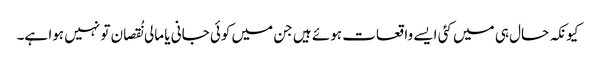
کیونکہ حال ہی میں کئی ایسے واقعات ہوئے ہیں جن میں کوئی جانی یا مالی نُقصان تو نہیں ہوا ہے۔